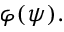
\varphi ( \psi ) .